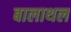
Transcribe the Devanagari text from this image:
बालाथल